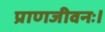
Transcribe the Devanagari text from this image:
प्राणजीवनः।